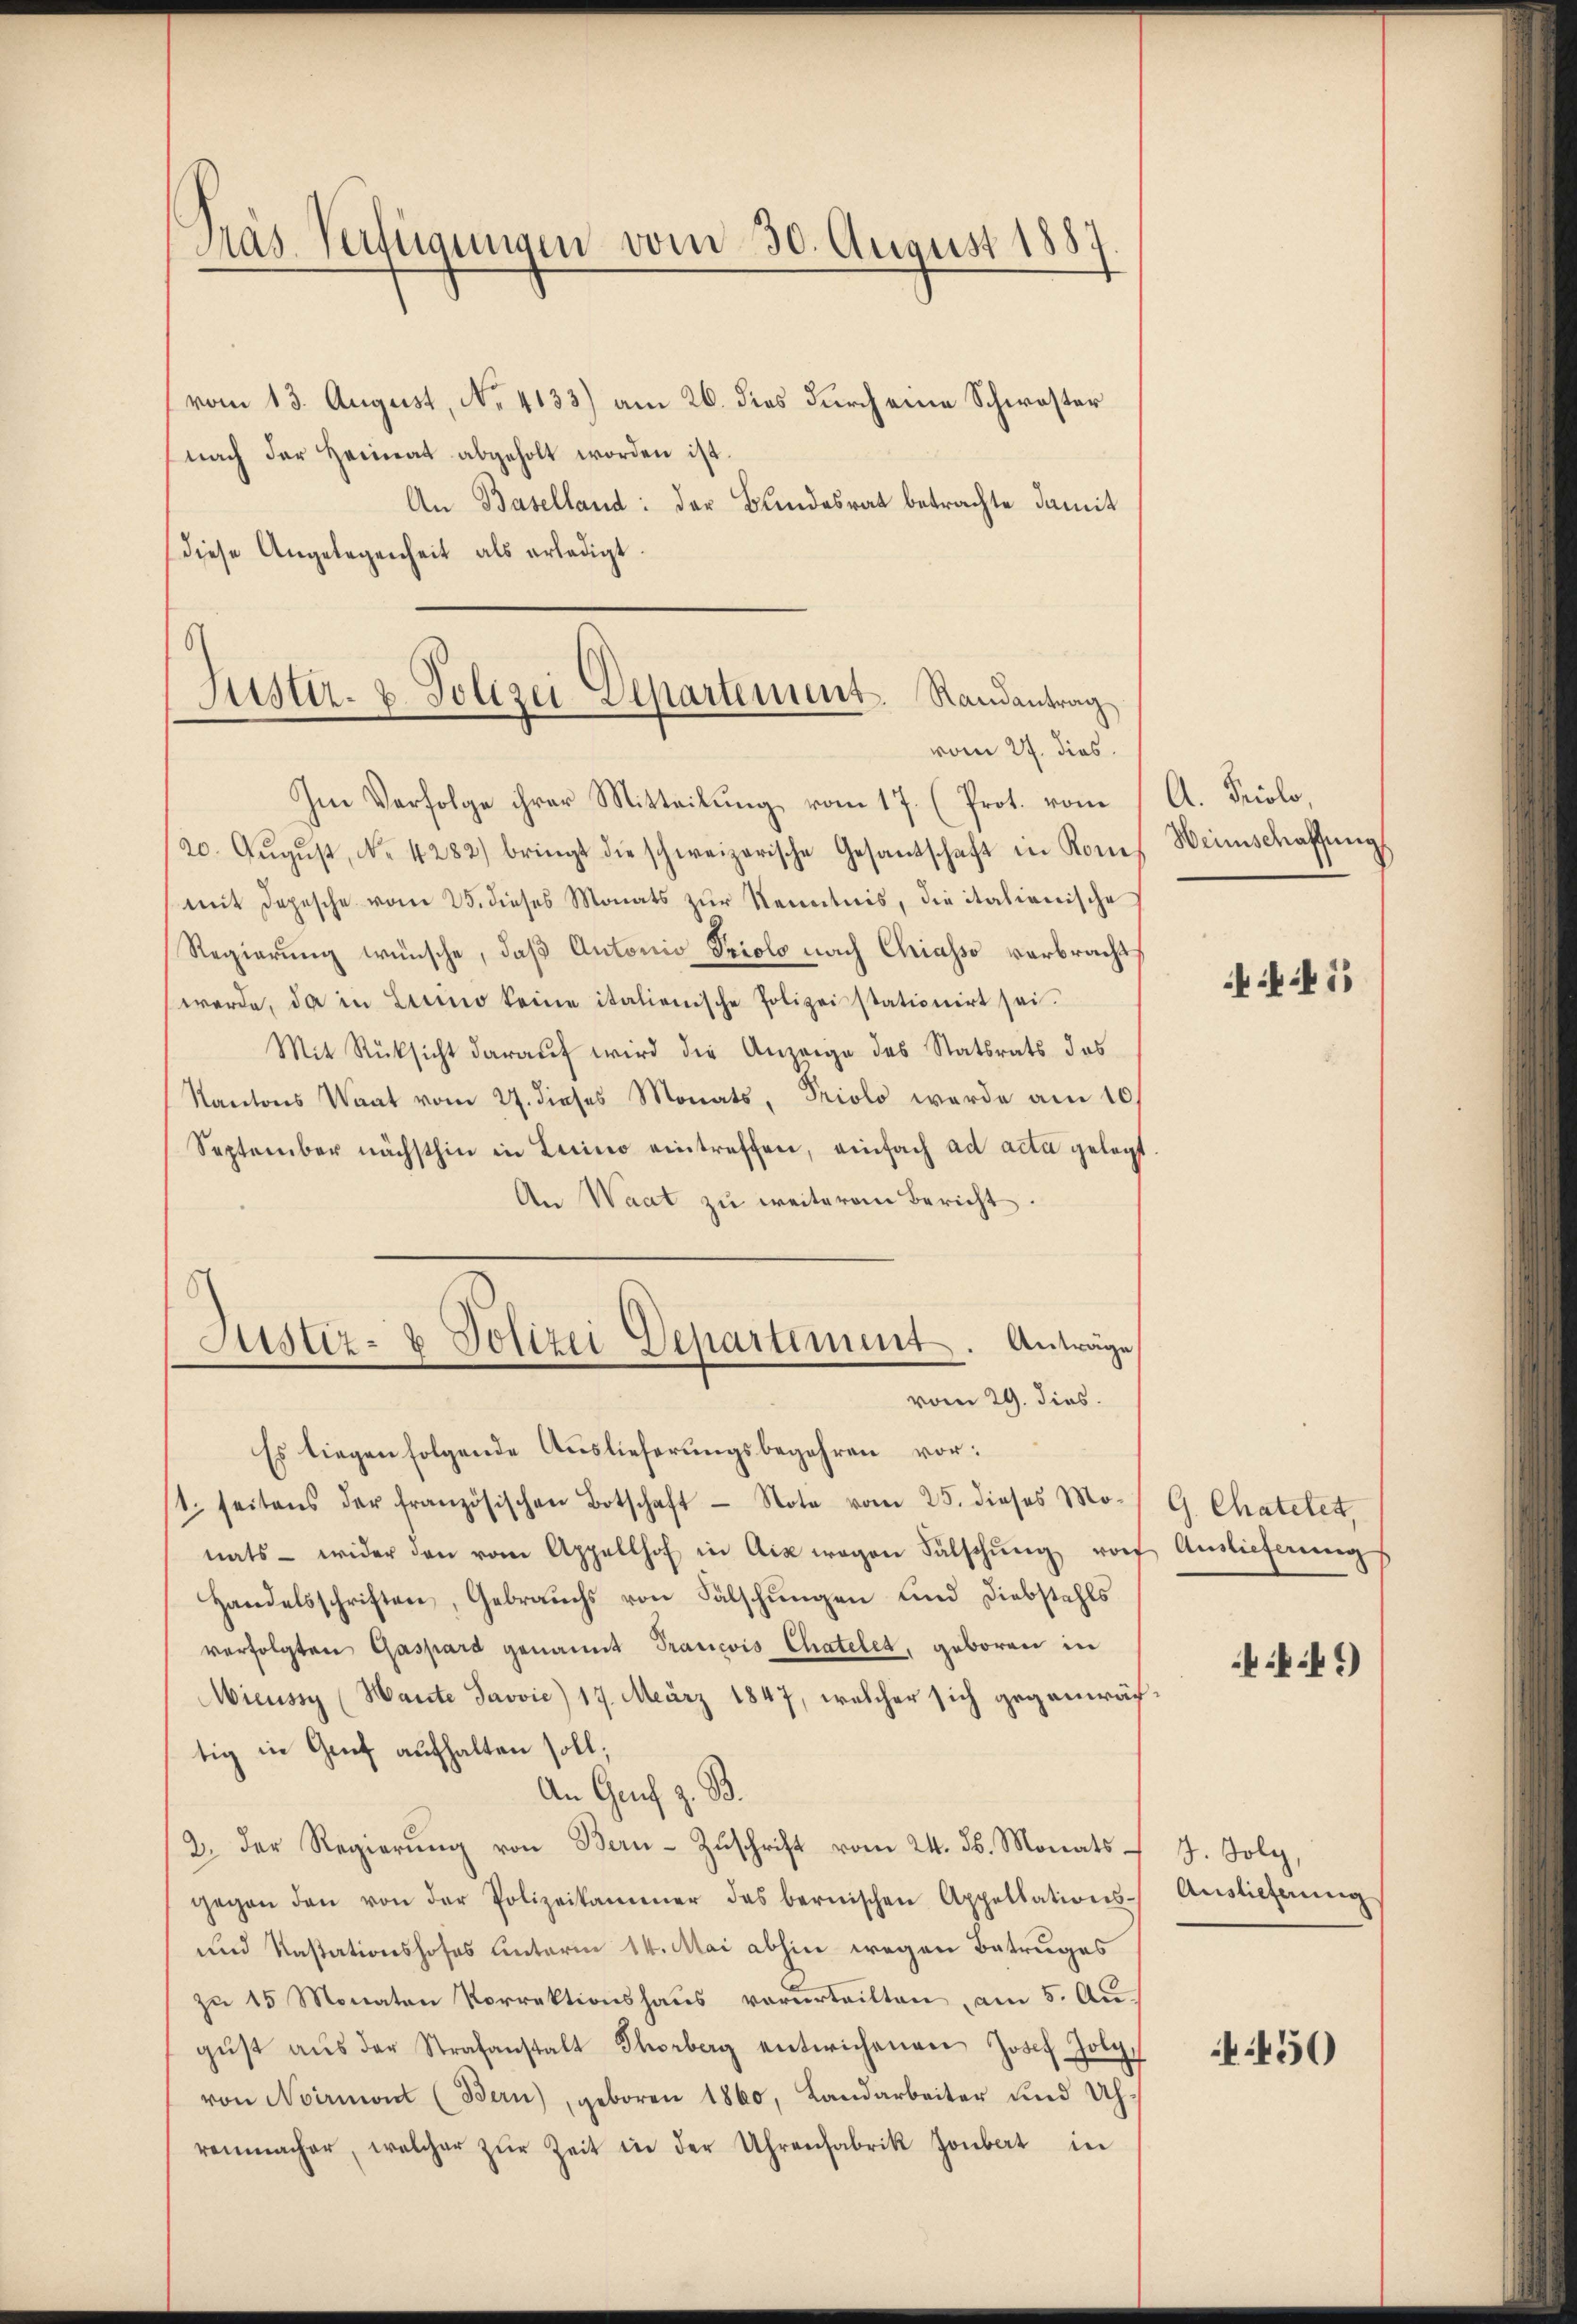
Pras. Verfügungen vom 30. August 1883

6
Justiz- & Polizei Departement. Randantrag
vom 27. dies

(vom 13. August, No. 4133) am 26. dies durch eine Schwester
nach der Heimat abgeholt worden ist.
An Baselland: der Bundesrat betrachte damit
diese Angelegenheit als erledigt.
Im Verfolge ihrer Mitteilŭng vom 17. (Prot. vom
/20. Aŭgŭst, No. 4282) bringt die schweizerische Gesantschaft in Kones Weinschaffŭng
mit Depesche vom 25. dieses Monats zŭr Kenntnis, die italienische
Regierung wünsche, daß Antonio Priolo nach Chiasso verbracht,
werde, da in Licino keine italienische Polizeistationirt sei.
Mit Rücksicht daraŭf wird die Anzeige des Statsrats das
Kantons Waat vom 27. dieses Monats, Priolo wurde am 10.
September nächsthin in Licino eintreffen, einfach ad acta gelegt
An Waat zu weiteren Bericht.
Justiz- & Polizei Departiment. Anträge
vom 29. dies
Es liegen folgende Auslieferungsbegehren vor:
1. seitens der französischen Botschaft - Note vom 25. dieses Mo-
nats wider den vom Appellhof in Aix wegen Fälschŭng vor Auslieferung
Handelsschriften, Gebrauchs von Fälschungen und Diebstahls
verfolgten Gaspard genannt Trancois Chatelet, geboren in
Mieussy (Hante Javvić) 17. März 1847, welcher sich gegenwärtig in Genf aufhalten soll;
An Genf z. B.
2. Der Regierŭng von Bern-Zŭschrift vom 24. ds. Monatsgegen den von der Polizeikammer das bernischen Appellations-
und Kastationshofes Unterm 14. Mai abhin wegen Betruges
zu 15 Monaten Vorrektionshaus verurteilten, am 5. Augŭst aŭs der Strafanstalt Thorberg entwichenen Josef Joly,
von Noirmont (Bern), geboren 1860, Landarbeiter und Uhrenmacher, welcher zŭr Zeit in der Uhrenfabrik Jonbert in

A. Prolo,

1

G. Chatelet,

.41)

J. Folg,
Auslieferung

450